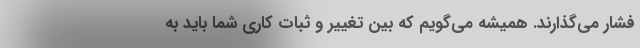
فشار می‌گذارند. همیشه می‌گویم که بین تغییر و ثبات کاری شما باید به